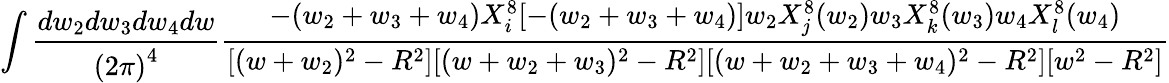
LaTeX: \int\frac{dw_{2}dw_{3}dw_{4}dw}{{(2\pi)}^{4}}\frac{-(w_{2}+w_{3}+w_{4})X_{i}^{8}[-(w_{2}+w_{3}+w_{4})]w_{2}X_{j}^{8}(w_{2})w_{3}X_{k}^{8}(w_{3})w_{4}X_{l}^{8}(w_{4})}{[(w+w_{2})^{2}-R^{2}][(w+w_{2}+w_{3})^{2}-R^{2}][(w+w_{2}+w_{3}+w_{4})^{2}-R^{2}][w^{2}-R^{2}]}